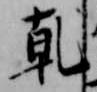
乾